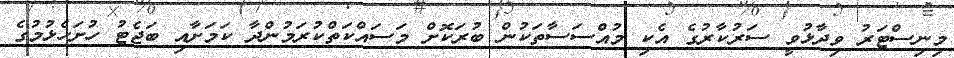
މިނިސްޓަރު ވިދާޅުވީ ސަރުކާރުގެ އެކި މުއްްސަސާތަކުން ބުރަކޮށް މަސައްކަތްކުރަމުންދާ ކަމަށާއި ބަޖެޓު ހުށަހެޅުމުގެ